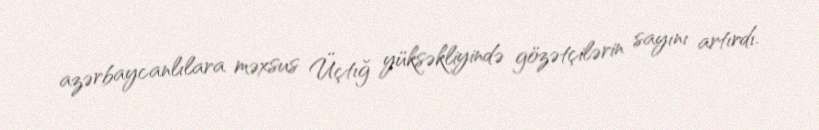
azərbaycanlılara məxsus Üçtığ yüksəkliyində gözətçilərin sayını artırdı.